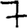
Digit: 7